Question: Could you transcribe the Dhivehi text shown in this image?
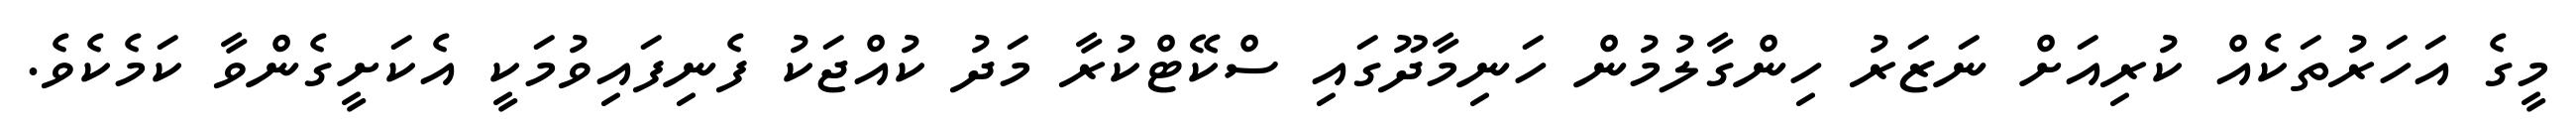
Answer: މީގެ އަހަރުތަކެއް ކުރިއަށް ނަޒަރު ހިންގާލުމުން ހަނިމާދޫގައި ސްކޭޓްކުރާ މަދު ކުއްޖަކު ފެނިފައިވުމަކީ އެކަށީގެންވާ ކަމެކެވެ.